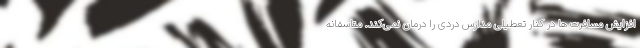
افزایش مسافرت ها در کنار تعطیلی مدارس دردی را درمان نمی‌کند. متاسفانه